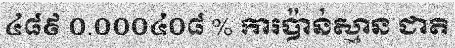
៤៨៩ ០.០០០៤០៨ % ការប៉ាន់ស្មាន ជាតិ